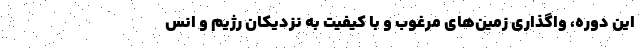
این دوره، واگذاری زمین‌های مرغوب و با کیفیت به نزدیکان رژیم و انس